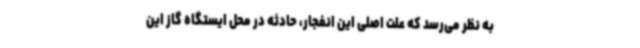
به نظر می‌رسد که علت اصلی این انفجار، حادثه در محل ایستگاه گاز این